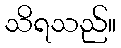
သိရသည်။